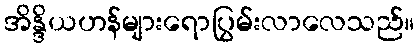
အိန္ဒိယဟန်များရောပြွမ်းလာလေသည်။